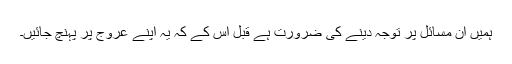
ہمیں ان مسائل پر توجہ دینے کی ضرورت ہے قبل اس کے کہ یہ اپنے عروج پر پہنچ جائیں۔